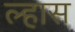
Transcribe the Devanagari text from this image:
ल्हास